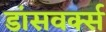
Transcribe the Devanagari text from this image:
डांसवर्क्स